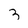
Character: 3